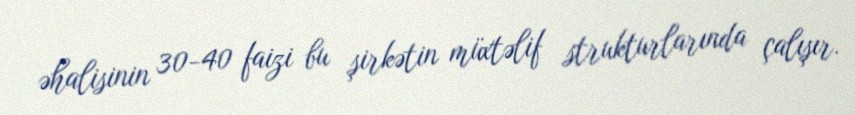
əhalisinin 30-40 faizi bu şirkətin müxtəlif strukturlarında çalışır.